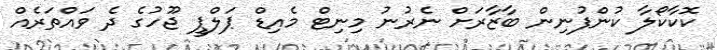
ކޮކާކޯލާ ކުންފުނިން ބާޒާރަށް ނެރުނު މިނިޓް މެއިޑް ޕަލްޕީ ޖޫހުގެ ދެ ވައްތަރެއް